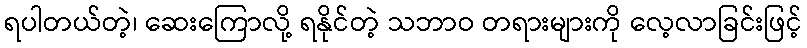
ရပါတယ်တဲ့၊ ဆေးကြောလို့ ရနိုင်တဲ့ သဘာဝ တရားများကို လေ့လာခြင်းဖြင့်